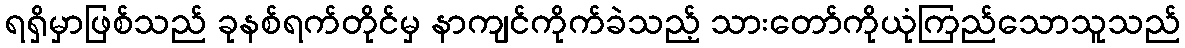
ရရှိမှာဖြစ်သည် ခုနစ်ရက်တိုင်မှ နာကျင်ကိုက်ခဲသည့် သားတော်ကိုယုံကြည်သောသူသည်